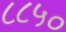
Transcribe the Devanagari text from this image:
८८५०